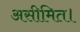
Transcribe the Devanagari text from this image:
असीमित।